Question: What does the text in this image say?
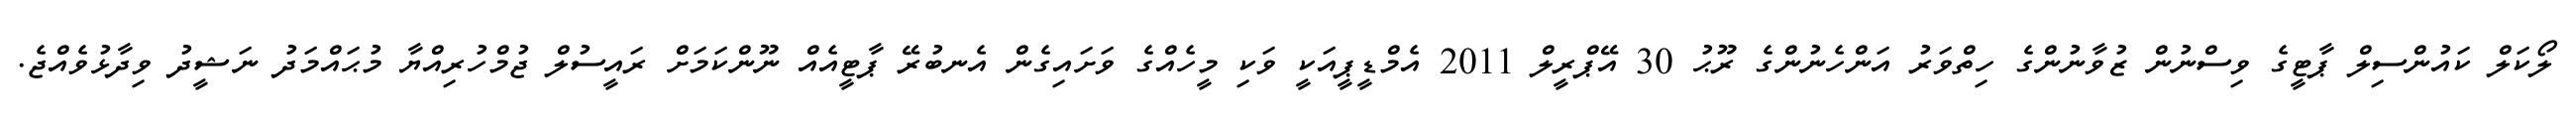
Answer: ލޯކަލް ކައުންސިލް ޕާޓީގެ ވިސްނުން ޒުވާނުންގެ ހިތްވަރު އަންހެނުންގެ ރޫޙު 30 އޭޕްރީލް 2011 އެމްޑީޕީއަކީ ވަކި މީހެއްގެ ވަށައިގެން އެނބުރޭ ޕާޓީއެއް ނޫންކަމަށް ރައީސުލް ޖުމްހުރިއްޔާ މުޙައްމަދު ނަޝީދު ވިދާޅުވެއްޖެ.